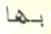
بها